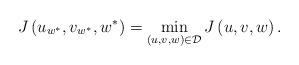
LaTeX: \begin{align*}J\left( u_{w^{\ast}},v_{w^{\ast}},w^{\ast}\right) =\min\limits_{\left(u,v,w\right) \in\mathcal{D}}J\left( u,v,w\right) . \end{align*}